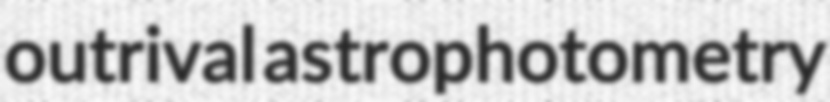
outrival astrophotometry